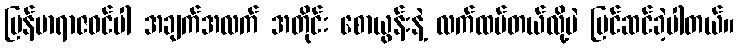
မြန်မာရာဇဝင်ပါ အချက်အလက် အတိုင်း စောယွန်းနဲ့ လက်ထပ်တယ်လို့ပဲ ပြင်ဆင်ခဲ့ပါတယ်။